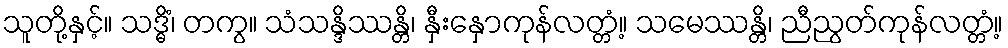
သူတို့နှင့်။ သဒ္ဓိံ၊ တကွ။ သံသန္ဒိဿန္တိ၊ နှီးနှောကုန်လတ္တံ့။ သမေဿန္တိ၊ ညီညွတ်ကုန်လတ္တံ့။